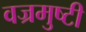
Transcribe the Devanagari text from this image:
वज्रमुष्टी